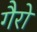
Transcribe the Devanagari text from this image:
गैरो